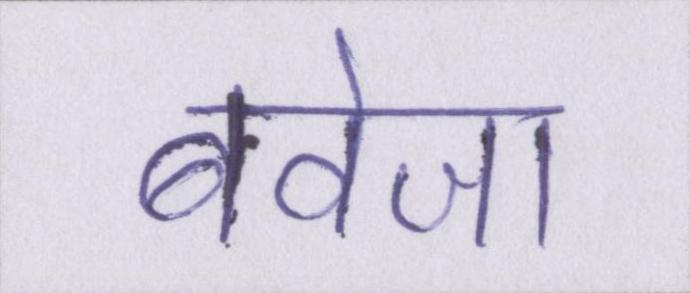
बवेजा